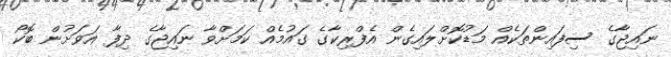
ނައިޖާގެ ސިފައިންތަކެއް މަޑުކޮށްލައިގެން އެފްރިކާގެ ގައުމެއް ކަމަށްވާ ނައިޖާގެ ދިފާ އަވަށުން ބޮކޯ